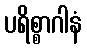
ပရိစ္စာဂါနံ